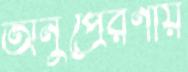
অনুপ্রেরণায়